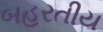
બહરતીય